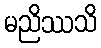
မညိဿသိ